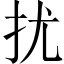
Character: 扰